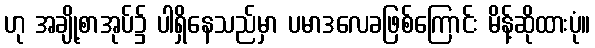
ဟု အချို့စာအုပ်၌ ပါရှိနေသည်မှာ ပမာဒလေခဖြစ်ကြောင်း မိန့်ဆိုထားပုံ။